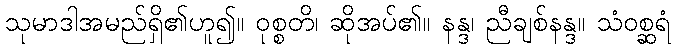
သုမာဒါအမည်ရှိ၏ဟူ၍။ ဝုစ္စတိ၊ ဆိုအပ်၏။ နန္ဒ၊ ညီချစ်နန္ဒ။ သံဝစ္ဆရံ